Civil Veterinary Department. Madras. Admin. report 1926-33 - 1926-1933
Year: 1926
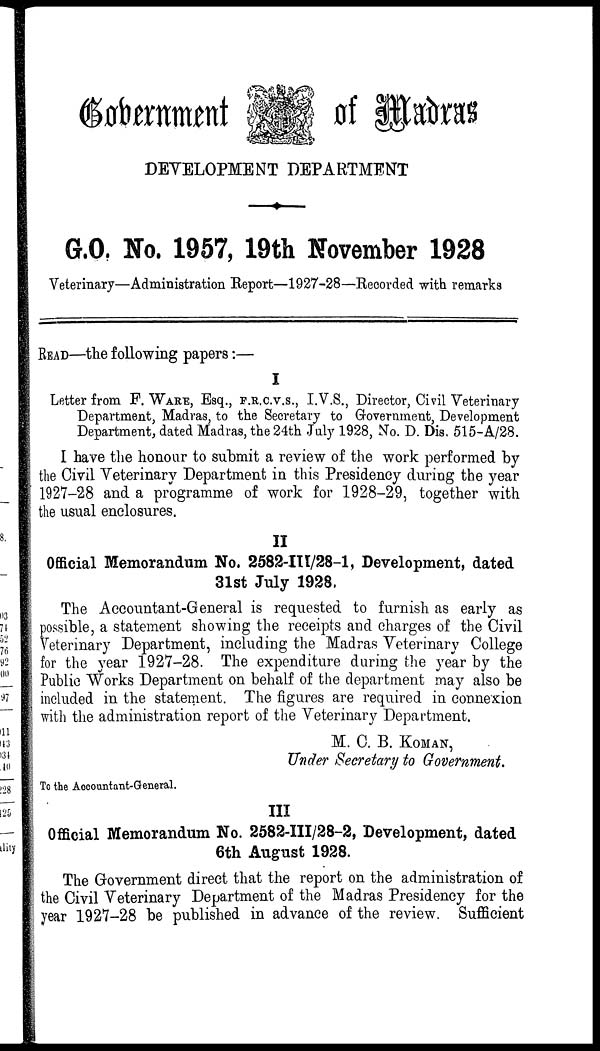
Government 0f Madras
DEVELOPMENT DEPARTMENT
G.O. No. 1957, 19th November 1928
Veterinary—Administration Report—1927-28—Reoorded with remarks
READ—the following papers:—
I
Letter from F. WARE, Esq., F.R.C.V.S., I.V.S., Director, Civil Veterinary
Department, Madras, to the Secretary to Government, Development
Department, dated Madras, the 24th July 1928, No. D. Dis. 515-A/28.
I have the honour to submit a review of the work performed by
the Civil Veterinary Department in this Presidency during the year
1927-28 and. a programme of work for 1928-29, together with
the usual enclosures.
II
Official Memorandum No. 2582-III/28-1, Development, dated
31st July 1928,
The Accountant-General is requested to furnish as early as
possible, a statement showing the receipts and charges of the Civil
Veterinary Department, including the Madras Veterinary College
for the year 1927-28. The expenditure during the year by the
Public Works Department on behalf of the department may also be
included in the statement. The figures are required in connexion
with the administration report of the Veterinary Department.
M. C. B. KOMAN,
Under Secretary to Government.
To the Aocountant-General.
III
Official Memorandum No. 2582-III/28-2, Development, dated
6th August 1928.
The Government direct that the report on the administration of
the Civil Veterinary Department of the Madras Presidency for the
year 1927-28 be published in advance of the review. Sufficient